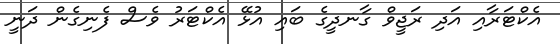
އެކްޓަރާއި އަދި ރަޖީވް ގާނދީގެ ބައި އުޅޭ އެކްޓަރު ވެސް ފެނިގެން ދަނީ